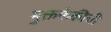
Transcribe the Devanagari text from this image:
मुक्तफेकीची